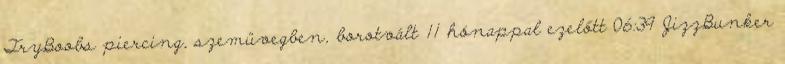
TryBoobs piercing, szemüvegben, borotvált 11 hónappal ezelőtt 06:39 JizzBunker